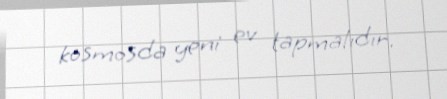
kosmosda yeni ev tapmalıdır.